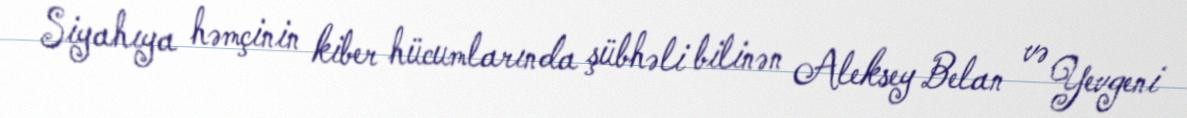
Siyahıya həmçinin kiber hücumlarında şübhəli bilinən Aleksey Belan və Yevgeni